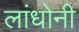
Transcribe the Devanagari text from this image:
लांधोनी